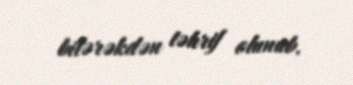
bilərəkdən təhrif olunub.